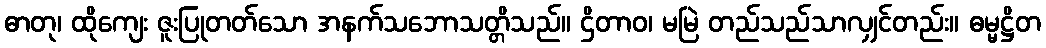
ဓာတု၊ ထိုကျေး ဇူးပြုတတ်သော အနက်သဘောသတ္တိသည်။ ဌိတာဝ၊ မမြဲ တည်သည်သာလျှင်တည်း။ ဓမ္မဋ္ဌိတ